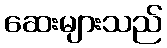
ဆေးများသည်